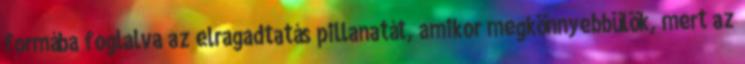
formába foglalva az elragadtatás pillanatát, amikor megkönnyebbülök, mert az